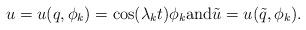
LaTeX: \begin{align*}u=u(q,\phi_k)=\cos (\lambda_kt)\phi_k\mbox{and}\tilde{u}=u(\tilde{q},\phi_k).\end{align*}